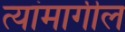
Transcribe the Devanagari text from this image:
त्यांमागील